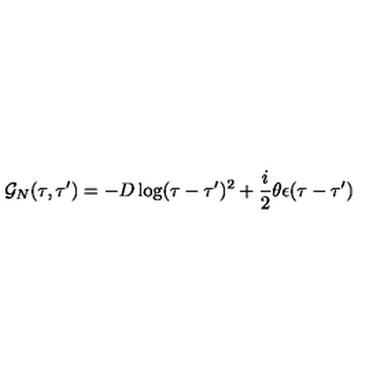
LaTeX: { \cal G } _ { N } ( \tau , \tau ^ { \prime } ) = - D \log ( \tau - \tau ^ { \prime } ) ^ { 2 } + \frac i 2 \theta \epsilon ( \tau - \tau ^ { \prime } )